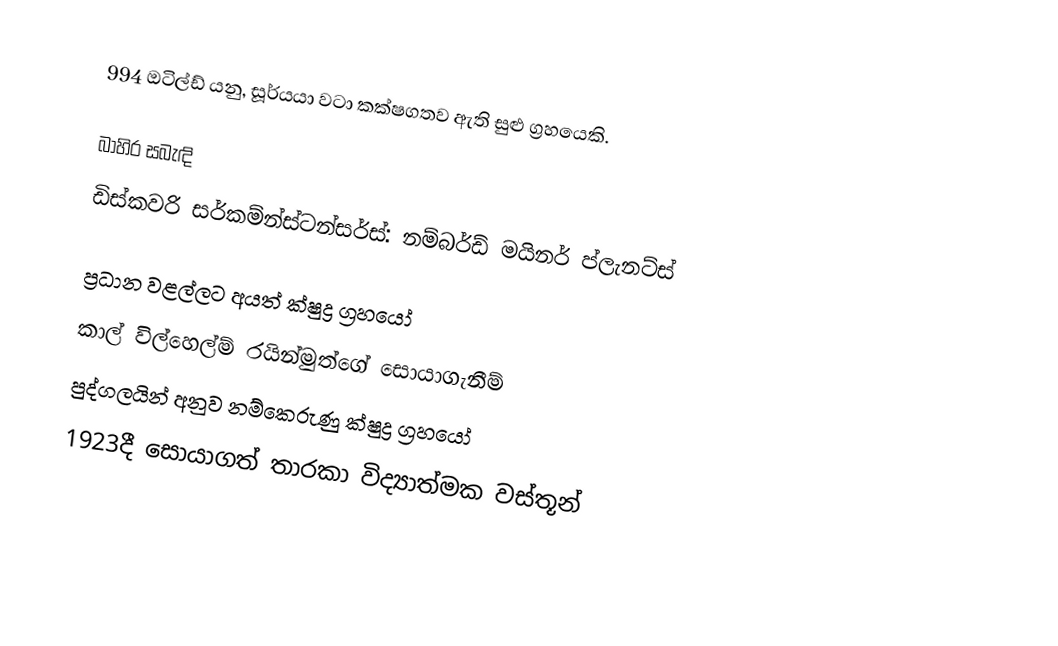
994 ඔටිල්ඩ් යනු,  සූර්යයා වටා කක්ෂගතව ඇති සුළු ග්‍රහයෙකි.

බාහිර සබැඳි
 ඩිස්කවරි සර්කම්න්ස්ටන්සර්ස්: නම්බර්ඩ් මයිනර් ප්ලැනට්ස්

ප්‍රධාන වළල්ලට අයත් ක්ෂුද්‍ර ග්‍රහයෝ
කාල් විල්හෙල්ම් රයින්මුත්ගේ සොයාගැනීම්
පුද්ගලයින් අනුව නම්කෙරුණු ක්ෂුද්‍ර ග්‍රහයෝ
1923දී සොයාගත් තාරකා විද්‍යාත්මක වස්තූන්